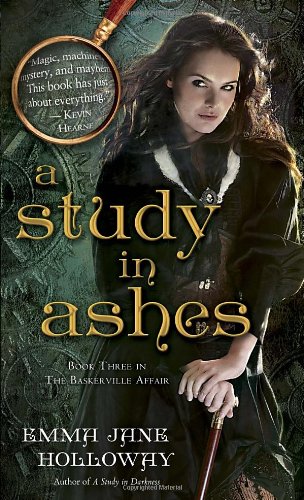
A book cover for A Study in Ashes: Book Three in The Baskerville Affair; Emma Jane Holloway; Science Fiction & Fantasy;